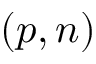
( p , n )